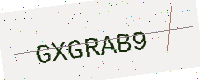
Text: GXGRAB9